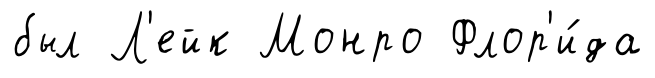
был Л'ейк Монро Флор'и́да